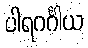
ပါရဂင်္ဂါယ